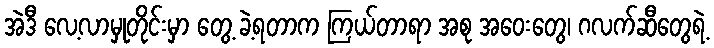
အဲဒီ လေ့လာမှုတိုင်းမှာ တွေ့ ခဲ့ရတာက ကြယ်တာရာ အစု အဝေးတွေ၊ ဂလက်ဆီတွေရဲ့